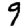
Digit: 9